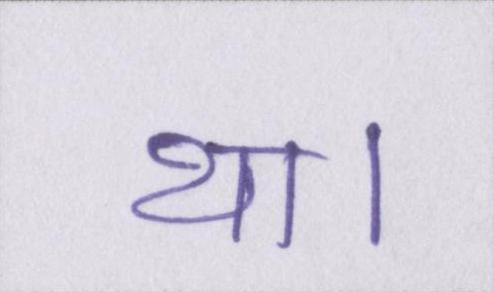
था।